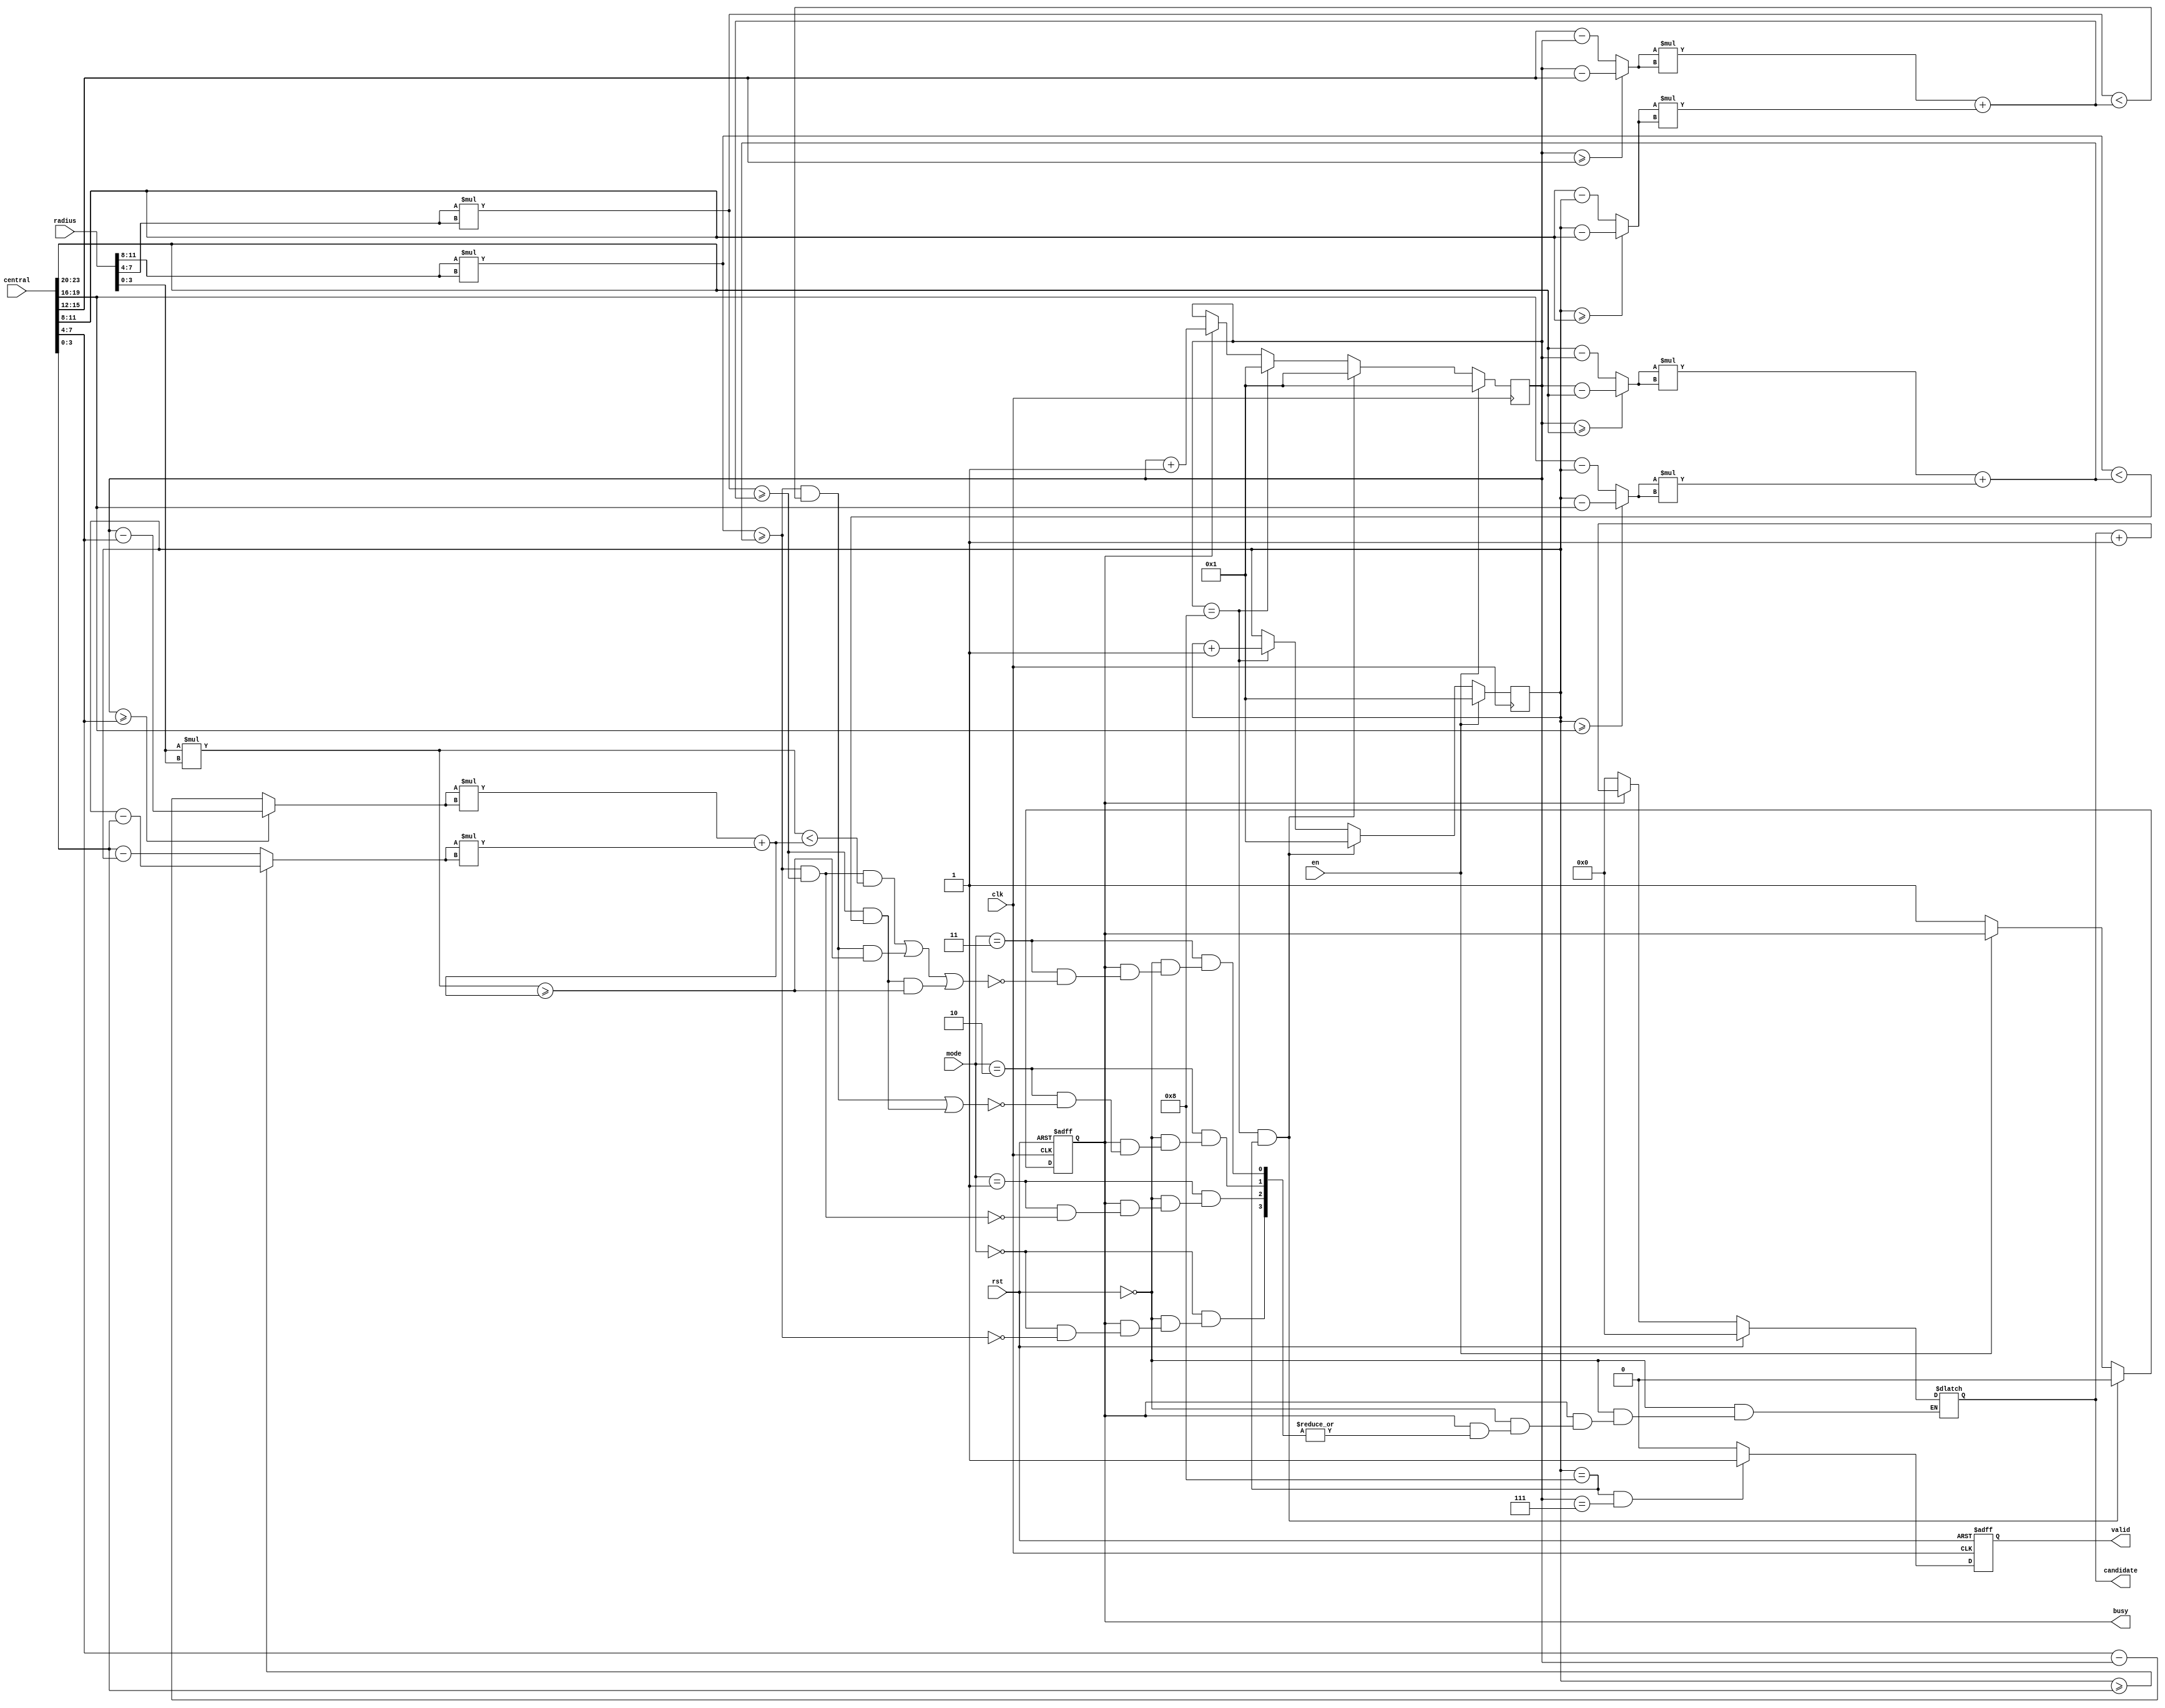
module SET ( clk , rst, en, central, radius, mode, busy, valid, candidate );

input clk, rst;
input en;
input [23:0] central;
input [11:0] radius;
input [1:0] mode;
output reg busy;
output reg valid;
output reg [7:0] candidate;


reg [3:0] x,y;

wire [3:0] x1_d,x2_d,x3_d;//difference//xx
wire [3:0] y1_d,y2_d,y3_d;//difference//yy
wire [7:0] r1_s,r2_s,r3_s; //square//
wire [7:0] dis1,dis2,dis3;//xy

assign x1_d = (x >= central[23:20] ? x - central[23:20] : central[23:20] - x);//x1
assign y1_d = (y >= central[19:16] ? y - central[19:16] : central[19:16] - y);//y1
assign x2_d = (x >= central[15:12] ? x - central[15:12] : central[15:12] - x);//x2
assign y2_d = (y >= central[11:8] ? y - central[11:8] : central[11:8] - y);//y2
assign x3_d = (x >= central[7:4] ? x - central[7:4] : central[7:4] - x);//x3
assign y3_d = (y >= central[3:0] ? y - central[3:0] : central[3:0] - y);//y3
assign r1_s = radius[11:8] * radius[11:8];
assign r2_s = radius[7:4] * radius[7:4];
assign r3_s = radius[3:0] * radius[3:0];
assign dis1 = x1_d * x1_d + y1_d * y1_d;
assign dis2 = x2_d * x2_d + y2_d * y2_d;
assign dis3 = x3_d * x3_d + y3_d * y3_d;

always @(posedge clk or posedge rst) begin //busy
	if(rst)
		busy <= 0;
	else if(x == 8 && y == 8)
		busy <= 0;	
	else if(en == 0)
		busy <= 1;
end

always @(posedge clk or posedge rst) begin //valid
	if(rst)
		valid <= 0;
	else if(y == 8 && x == 7)
		valid <= 1;
	else
		valid <= 0;
end

always @(*) begin //candidate
	if(rst)
		candidate = 0;
	else if(busy == 0)
		candidate = 0;
	else begin
	case(mode)
		2'b00:begin
			if(r1_s >= dis1)
				candidate = candidate + 1;
		end
		2'b01:begin
			if(r1_s >= dis1 && r2_s >= dis2)
				candidate = candidate + 1;
		end
		2'b10:begin
			if((r1_s >= dis1 && r2_s < dis2) || (r2_s >= dis2 && r1_s < dis1))
				candidate = candidate + 1;
		end
		2'b11:begin
			if((r1_s >= dis1 && r2_s >= dis2 && r3_s < dis3) || (r1_s >= dis1 && r2_s < dis2 && r3_s >= dis3) || (r1_s < dis1 && r2_s >= dis2 && r3_s >= dis3))begin
				candidate = candidate + 1;
			end
		end
	endcase
	end
end

always @(posedge clk) begin //xy
	if(en)begin
		x <= 1;
		y <= 1;
	end
	else if(x == 8 && y == 8)begin
		x <= 1;
		y <= 1;
	end
	else if(x == 8) begin
		x <= 1;
		y <= y + 1;
	end
	else if(busy == 1)
		x <= x + 1;
end

endmodule